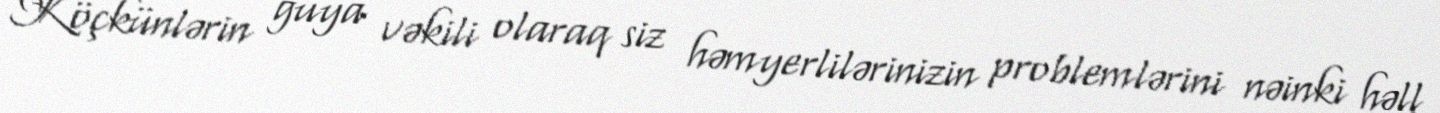
Köçkünlərin guya vəkili olaraq siz həmyerlilərinizin problemlərini nəinki həll